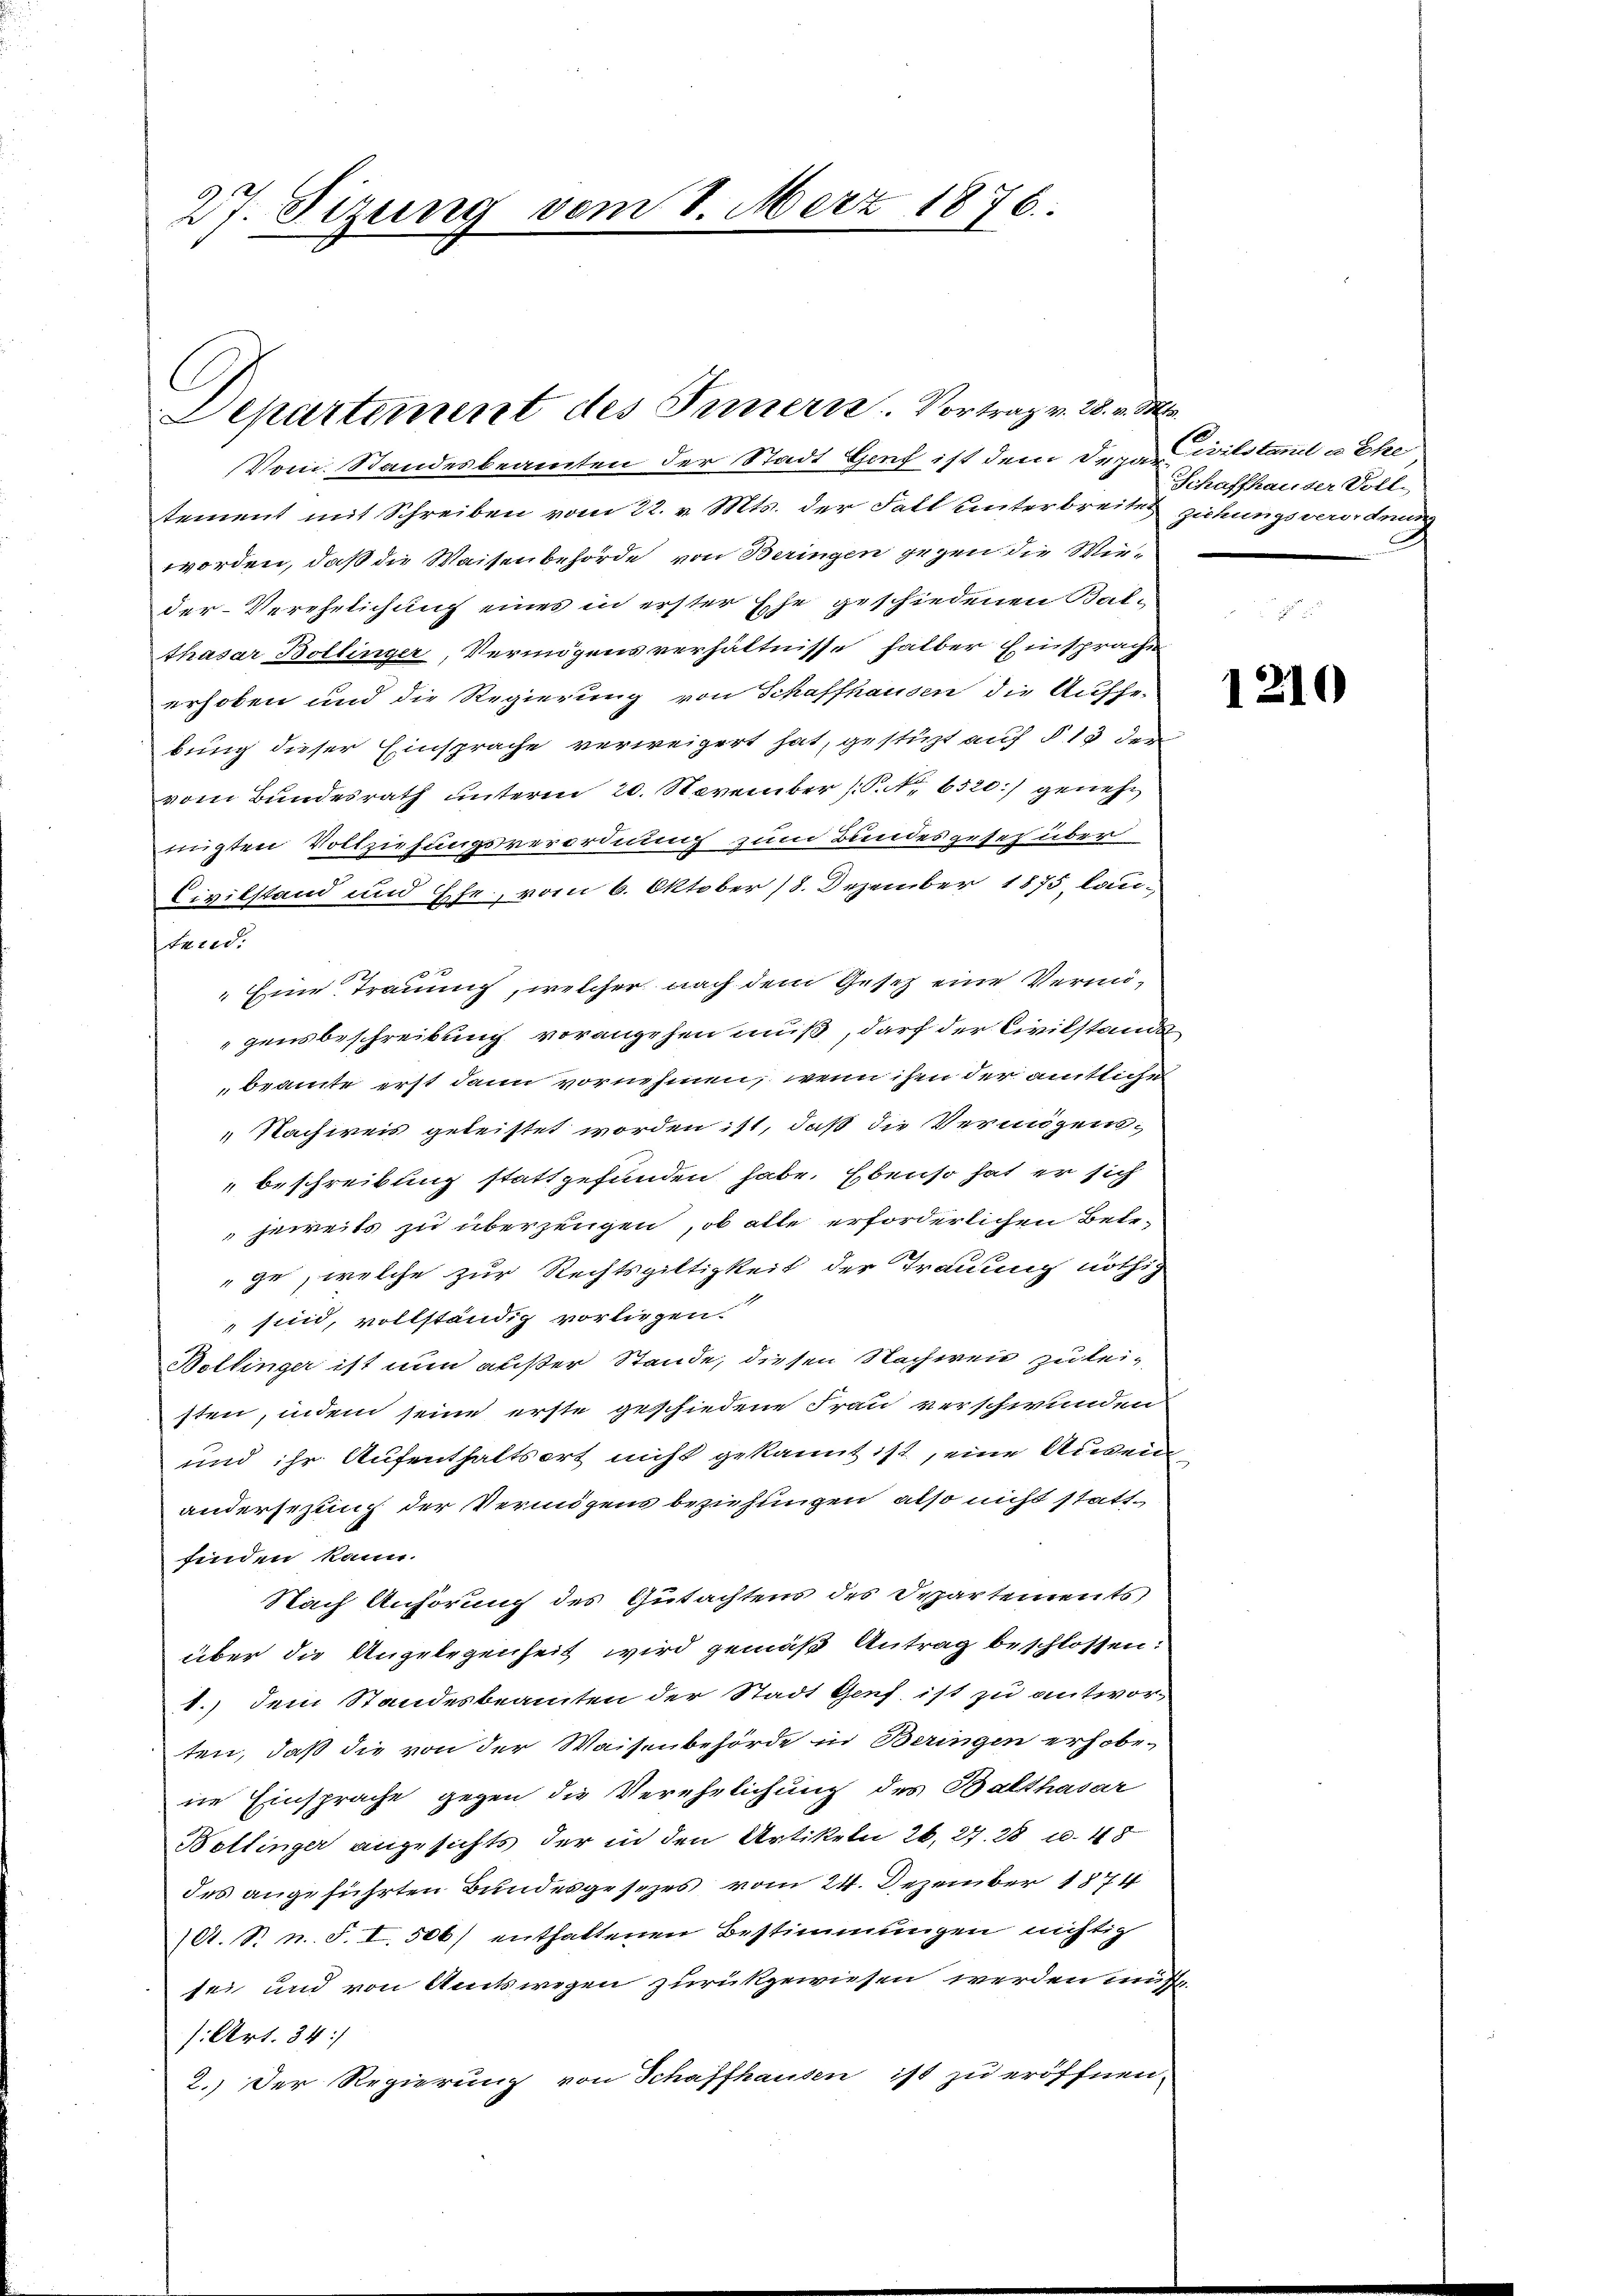
27. Sizung vom 8. März 1876.

C
Lepartiment des Innern. Vortrag v. 28. v. M.

Vom Standesbeamten der Stadt Genf ist dem Deca
tement mit Schreiben vom 22. v. Mts. der Fall unterbreite ziehungsverordnung
worden, daß die Waisenbehörde von Beringen gegen die Wieder Verehelichung eines in erster Ehe geschiedenen Balthasar Bollinger, Vermögensverhältnisse halber Einsprache
erhoben und die Regierung von Schaffhausen die Aufhebung dieser Einsprache verweigert hat, gestüzt auf § 13 der
vom Bundesrath unterm 20. November (S. 6520./ genehnigten Vollziehungsverordnung zum Bundesgeseh über
Civilstand und sche, vom 6. Oktober 18. Dezember 1875, lautrid.

" Eine Trauung, welcher nach dem Gesetz eine Vermögensbeschreibung vorangehen muß, darf der Civilstandes-
beamte erst dann vornehmen, wenn ihn der amtliche
„Nachweis geleistet worden ist, daß die Vermögens-
beschreibung stattgefunden habe. Ebenso hat er sich
jeweits zu überzeugen, ob alle erforderlichen Bete-
ge, welche zur Rechtsgültigkeit der Trauung nöthig
sind, vollständig vorliegen.
Bollinger ist nun außer Stande, diesen Nachweis zu leisten, indem seine erste geschiedene Frau verschwunden
und ihr Aufenthaltsort nicht gekannt ist, eine Ausein
andersezung der Vermögens beziehungen, also nicht stattfinden kann.
Nach Anhörung des Gutachtens des Separtements
über die Angelegenheit wird gemäß Antrag beschlossen:
1.) Dem Standesbeamten der Stadt Genf ist zu antworten, daß die von der Waisenbehörde in Beringen erhobene Einsprache gegen die Verehelichung des Balthasar
Boltinger angesichts der in den Artikeln 26, 27. 28 u. 48
des angeführten Bundesgesezes vom 24. Dezember 1874
A. S. n. F. I. 506/ enthaltenen Bestimmungen nichtig
sei und von Amtswegen zurückgewiesen werden müßte
: Art. 34:
2.) Der Regierung von Schaffhausen ist zu eröffnen.

Civilstand u. Ehe
Schaffhauser Voll-

1210